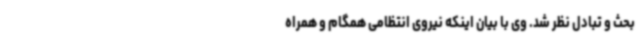
بحث و تبادل نظر شد. وی با بیان اینکه نیروی انتظامی همگام و همراه